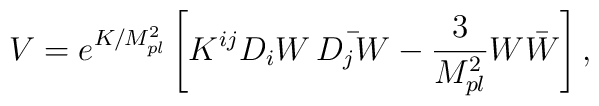
V=e^{K/M_{pl}^{2}}\left[K^{ij}D_i W \,  \bar{D_j W}-\frac{3}{M_{pl}^{2}}W\bar{W}\right],